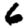
Digit: 6